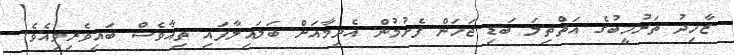
ޒާހިދު ތަރުހީބުގެ އަތްތިލަ ބަޑި ޖަހަން ފެށުމުން އެދިމާއަށް ބަލައިލާފައި ތިއާވެސް ބައިވެރިވިއެވެ.